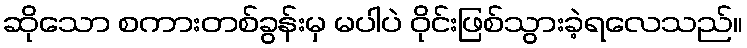
ဆိုသော စကားတစ်ခွန်းမှ မပါပဲ ဝိုင်းဖြစ်သွားခဲ့ရလေသည်။